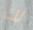
لك